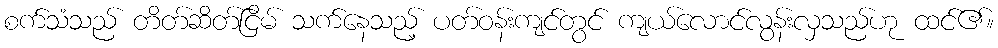
စက်သံသည် တိတ်ဆိတ်ငြိမ် သက်နေသည့် ပတ်ဝန်းကျင်တွင် ကျယ်လောင်လွန်းလှသည်ဟု ထင်၏။